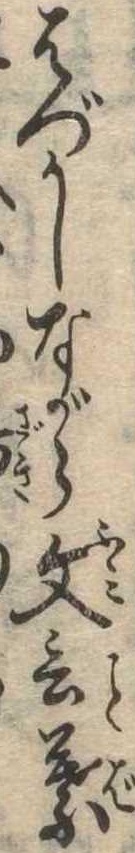
はづかしながら文言葉